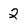
Character: 2